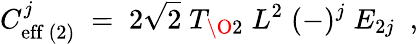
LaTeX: C_{\mathrm{eff}\ (2)}^{j}\; =\; 2\sqrt{2}\; T_{{\O}2}\; L^{2}\; (-)^{j}\; E_{2j}\; \ ,